Civil Veterinary Department. United Provinces 1923-31 - 1923-1931
Year: 1923
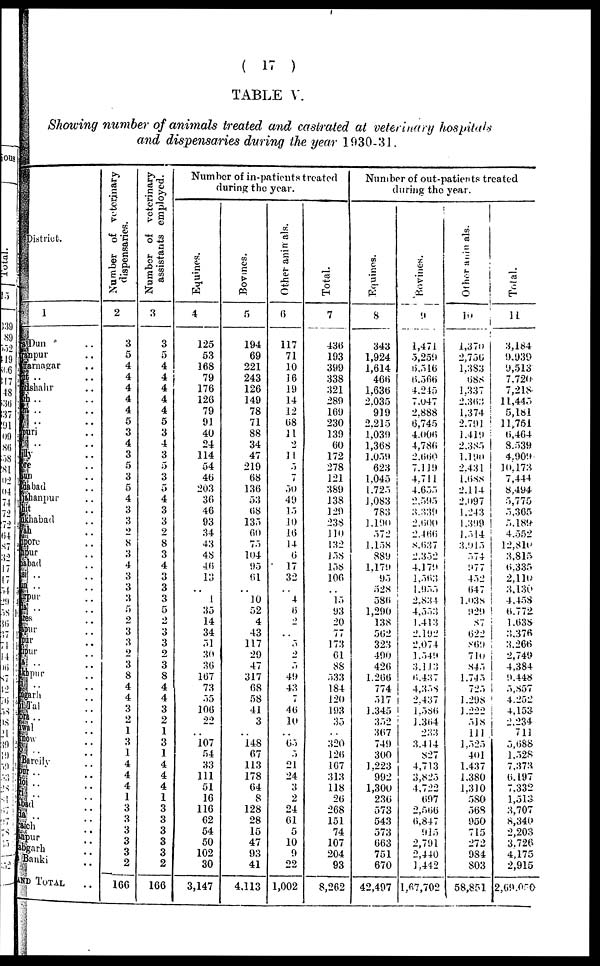
( 17 )
TABLE V.
Showing number of animals treated and castrated at veterinary hospitals
and dispensaries during the year 1030-31.
District.
1
Dehra Dun ..
Sharanpur ..
Muzaffarnagar ..
Meerut ..
Bulandshahr
Aligarh ..
Muttra ..
Agra
Mainpuri ..
Etah ..
Bareilly ..
Bijnore ..
Budaun ..
Moradabad..
Shahjahanpur ..
Pilibhit ..
Farrukhabad ..
Etawah ..
Cawnpore ..
Fatehpur ..
Allahabad ..
Jhansi ..
Jalaun ..
Hamirpur ..
Banda ..
Benares ..
Mirzapur ..
Jaunpur ..
Ghazipur ..
Ballia ..
Gorakhpur ..
Basti ..
Azamgarh ..
Naini Tal ..
Almora ..
Garhwal ..
Lucknow ..
Unao ..
Rae Bareli ..
Sitapur ..
Hardoi ..
Kheri ..
Fyzabad ..
Gonda ..
Bahraich ..
Sultanpur ..
Partabgarh..
Bara Banki ..
AND TOTAL ..
Number of veterinary
dispensaries.
2
3
5
4
4
4
4
4
5
3
4
3
5
3
5
4
3
3
2
8
3
4
3
3
3
5 2
3
3
2
3
8
4
4
3
2
1
3
1
4
4
4
1
3
3
3
3
3
2
166
Number of veterinary
assistants employed.
3
3
5
4
4
4
4
4
5
3
4
3
5
3
5
4
3
3
2
8
3
4
3
3
3
5
2
3
3
2
3
8
4
4
3
2
1
3
1
4
4
4
1
3
3
3
3
3
2
166
Number of in-patients treated
during the year.
Equines.
4
125
53
168
79
176
126
79
91
40
24
114
54
46
203
36
46
93
34
43
48
46
13
..
1
35
14
34
51
30
30
167
73
55
106
22
..
107
54
33
111
51
16
116
62
54
50
102
30
3,147
Bovines.
5
194
69
221
243
126
149
78
71
88
34
47
219
68
136
53
68
135
60
75
104
95
61
..
10
52
4
43
117
29
47
317
68
58
41
3
..
148
67
113
178
64
8
128
28
15
47
93
41
4,113
Other animals.
6
117
71
10
16
19
14
12
68
11
2
11
5
7
50
49
15
10
16
14
6
17
32
..
4
5
2
..
5
2
5
49
43
7
46
10
..
65
5
21
24
3
2
24
61
5
10
9
22
1,002
Total.
7
436
193
399
338
321
289
169
230
139
60
172
278
121
389
138
129
238
110
132
15S
158
106
..
15
93
20
77
173
61
88
533
184
120
193
35
..
320
126
167
313
118
26
268
151
74
107
204
93
8,262
Number of out-patients treated
during the year.
Equines.
8
343
1,924
1,614
466
1.636
2.035
919
2.215
1,039
1,368
1.039
623
1.043
1.725
1.083
783
1,190
572
1.158
889
1.170
95
528
586
1,290
138
562
323
490
426
1.266
774
517
1,345
352
367
749
300
1,223
992
1,300
236
573
543
573
663
751
670
42,497
Bovines.
9
1,474
5,259
6.516
6,566
4.245
7,047
2,888
6,745
4.006
4,786
2,669
7.119
4,711
4.655
2.595
3.330
2.000
2.466
S.637
2.352
4,179
1,503
1,955
2.834
4.553
1.413
2.192
2.074
1.540
3,113
6,437
4,338
2.437
1.586
1.364
233
3.414
827
4,713
3,825
4.722
697
2,566
6,847
915
2,791
2,440
1,442
1,67,702
Other animals.
10
1,370
2,756
1,383
688
1.337
2,303
1,374
2.791
1,419
2.385
1.190
2,431
1,688
2,114
2.097
1,243
1,399
1,314
3.015
574
077
452
647
1.038
029
87
622
869
710
845
1.745
725
1,298
1.222
518
111
1.525
401
1.437
1.380
1,310
580
568
950
715
272
984
803
58,851
Total.
11
3,184
9,939
9,513
7,726
7,218
11,445
5,181
11,751
6,464
8.539
4,909
10,173
7,444
8,494
5,775
5,365
5.189
4.552
12,810
3,815
6.335
2,110
3,130
4.458
6.772
1,638
3,376
3,266
2,749
4,384
9.448
5,857
4.252
4,153
2.234
711
5,688
1,528
7,373
6,197
7,332
1,513
3,707
8,340
2,203
3.726
4,175
2,915
2,69,050